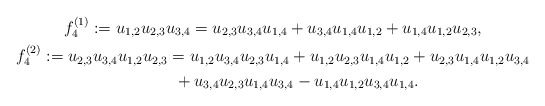
\begin{gather*} f_4^{(1)}:=u_{1,2}u_{2,3}u_{3,4}=u_{2,3}u_{3,4}u_{1,4}+u_{3,4}u_{1,4}u_{1,2}+u_{1,4}u_{1,2}u_{2,3},\\f_4^{(2)}:=u_{2,3}u_{3,4}u_{1,2}u_{2,3}=u_{1,2}u_{3,4}u_{2,3}u_{1,4}+u_{1,2}u_{2,3}u_{1,4}u_{1,2}+u_{2,3}u_{1,4}u_{1,2}u_{3,4}\\\hphantom{f_4^{(2)}:=}{} +u_{3,4}u_{2,3}u_{1,4}u_{3,4}-u_{1,4}u_{1,2}u_{3,4}u_{1,4}.\end{gather*}